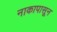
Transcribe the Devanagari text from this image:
नाकापासून